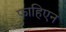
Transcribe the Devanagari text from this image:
फाहिएन